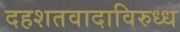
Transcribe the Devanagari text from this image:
दहशतवादाविरुध्ध